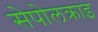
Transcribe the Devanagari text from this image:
सेपोलक्राइ